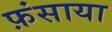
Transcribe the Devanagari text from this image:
फ़ंसाया